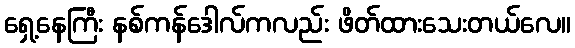
ရှေ့နေကြီး နစ်ကန်ဒေါလ်ကလည်း ဖိတ်ထားသေးတယ်လေ။